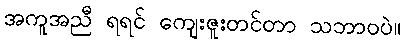
အကူအညီ ရရင် ကျေးဇူးတင်တာ သဘာဝပဲ။